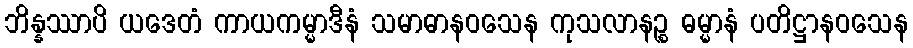
ဘိန္နဿာပိ ယဒေတံ ကာယကမ္မာဒီနံ သမာဓာနဝသေန ကုသလာနဉ္စ ဓမ္မာနံ ပတိဋ္ဌာနဝသေန